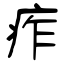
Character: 痄